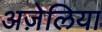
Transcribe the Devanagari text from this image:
अज़ेलिया